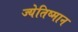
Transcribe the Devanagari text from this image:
ज्येतिष्मान